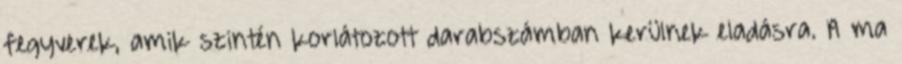
fegyverek, amik szintén korlátozott darabszámban kerülnek eladásra. A ma